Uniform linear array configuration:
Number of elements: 48
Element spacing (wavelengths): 0.25
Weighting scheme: hamming
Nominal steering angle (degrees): -30
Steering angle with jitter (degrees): -28.538
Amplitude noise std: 0.05
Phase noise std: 0.05

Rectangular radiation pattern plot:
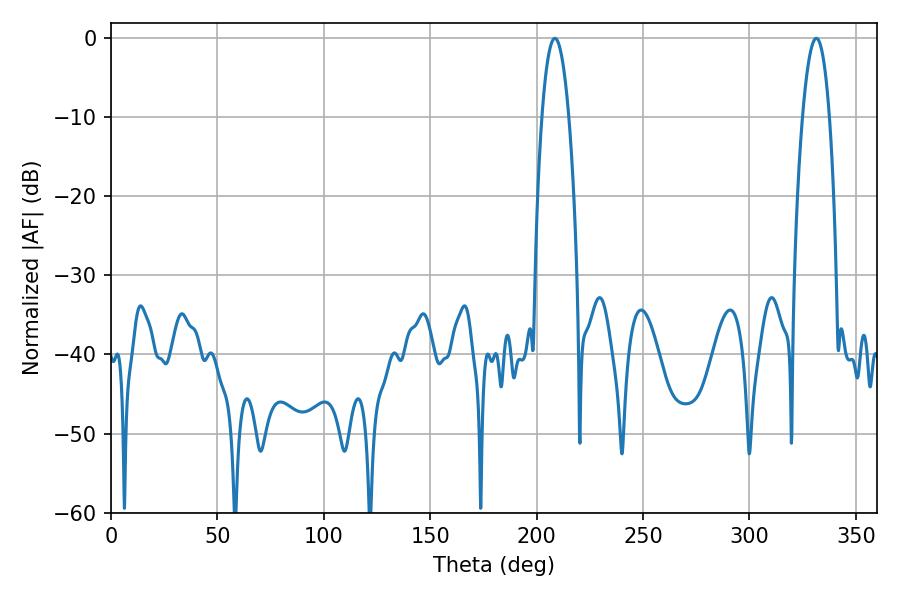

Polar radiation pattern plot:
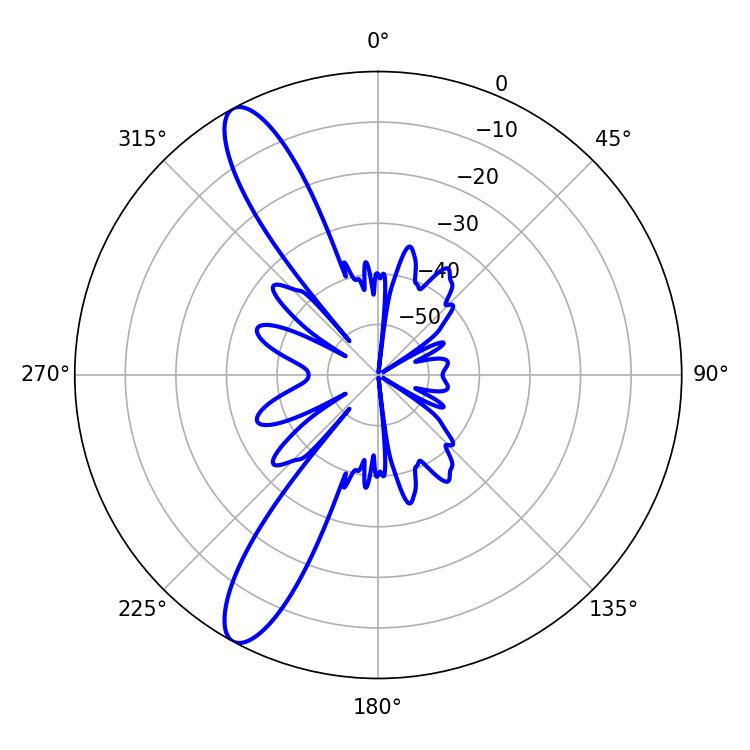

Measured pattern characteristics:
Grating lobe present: FALSE
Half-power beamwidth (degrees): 7.02
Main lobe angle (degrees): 208.62